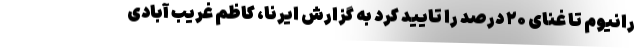
رانیوم تا غنای ۲۰ درصد را تایید کرد به گزارش ایرنا، کاظم غریب آبادی